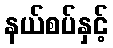
နယ်စပ်နှင့်